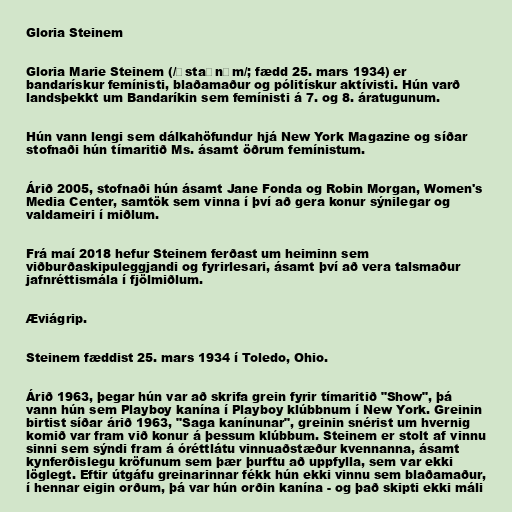
Gloria Steinem

Gloria Marie Steinem (/ˈstaɪnəm/; fædd 25. mars 1934) er
bandarískur femínisti, blaðamaður og pólitískur aktívisti. Hún varð
landsþekkt um Bandaríkin sem femínisti á 7. og 8. áratugunum.

Hún vann lengi sem dálkahöfundur hjá New York Magazine og síðar
stofnaði hún tímaritið Ms. ásamt öðrum femínistum.

Árið 2005, stofnaði hún ásamt Jane Fonda og Robin Morgan, Women's
Media Center, samtök sem vinna í því að gera konur sýnilegar og
valdameiri í miðlum.

Frá maí 2018 hefur Steinem ferðast um heiminn sem
viðburðaskipuleggjandi og fyrirlesari, ásamt því að vera talsmaður
jafnréttismála í fjölmiðlum.

Æviágrip.

Steinem fæddist 25. mars 1934 í Toledo, Ohio.

Árið 1963, þegar hún var að skrifa grein fyrir tímaritið "Show", þá
vann hún sem Playboy kanína í Playboy klúbbnum í New York. Greinin
birtist síðar árið 1963, "Saga kanínunar", greinin snérist um hvernig
komið var fram við konur á þessum klúbbum. Steinem er stolt af vinnu
sinni sem sýndi fram á óréttlátu vinnuaðstæður kvennanna, ásamt
kynferðislegu kröfunum sem þær þurftu að uppfylla, sem var ekki
löglegt. Eftir útgáfu greinarinnar fékk hún ekki vinnu sem blaðamaður,
í hennar eigin orðum, þá var hún orðin kanína - og það skipti ekki máli